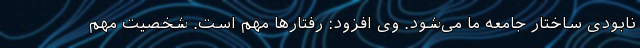
نابودی ساختار جامعه ما می‌شود. وی افزود: رفتارها مهم است. شخصیت مهم